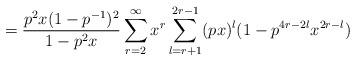
LaTeX: \begin{align*}= \frac{p^2x(1-p^{-1})^2}{1-p^2x}\sum_{r=2}^{\infty} x^r \sum_{l=r+1}^{2r-1} (px)^l (1 - p^{4r - 2l}x^{2r -l})\end{align*}